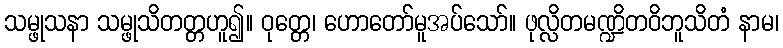
သမ္ဖုသနာ သမ္ဖုသိတတ္တဟူ၍။ ဝုတ္တေ၊ ဟောတော်မူအပ်သော်။ ဖုလ္လိတမဏ္ဍိတဝိဘူသိတံ နာမ၊